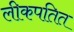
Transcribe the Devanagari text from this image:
लीकपतित